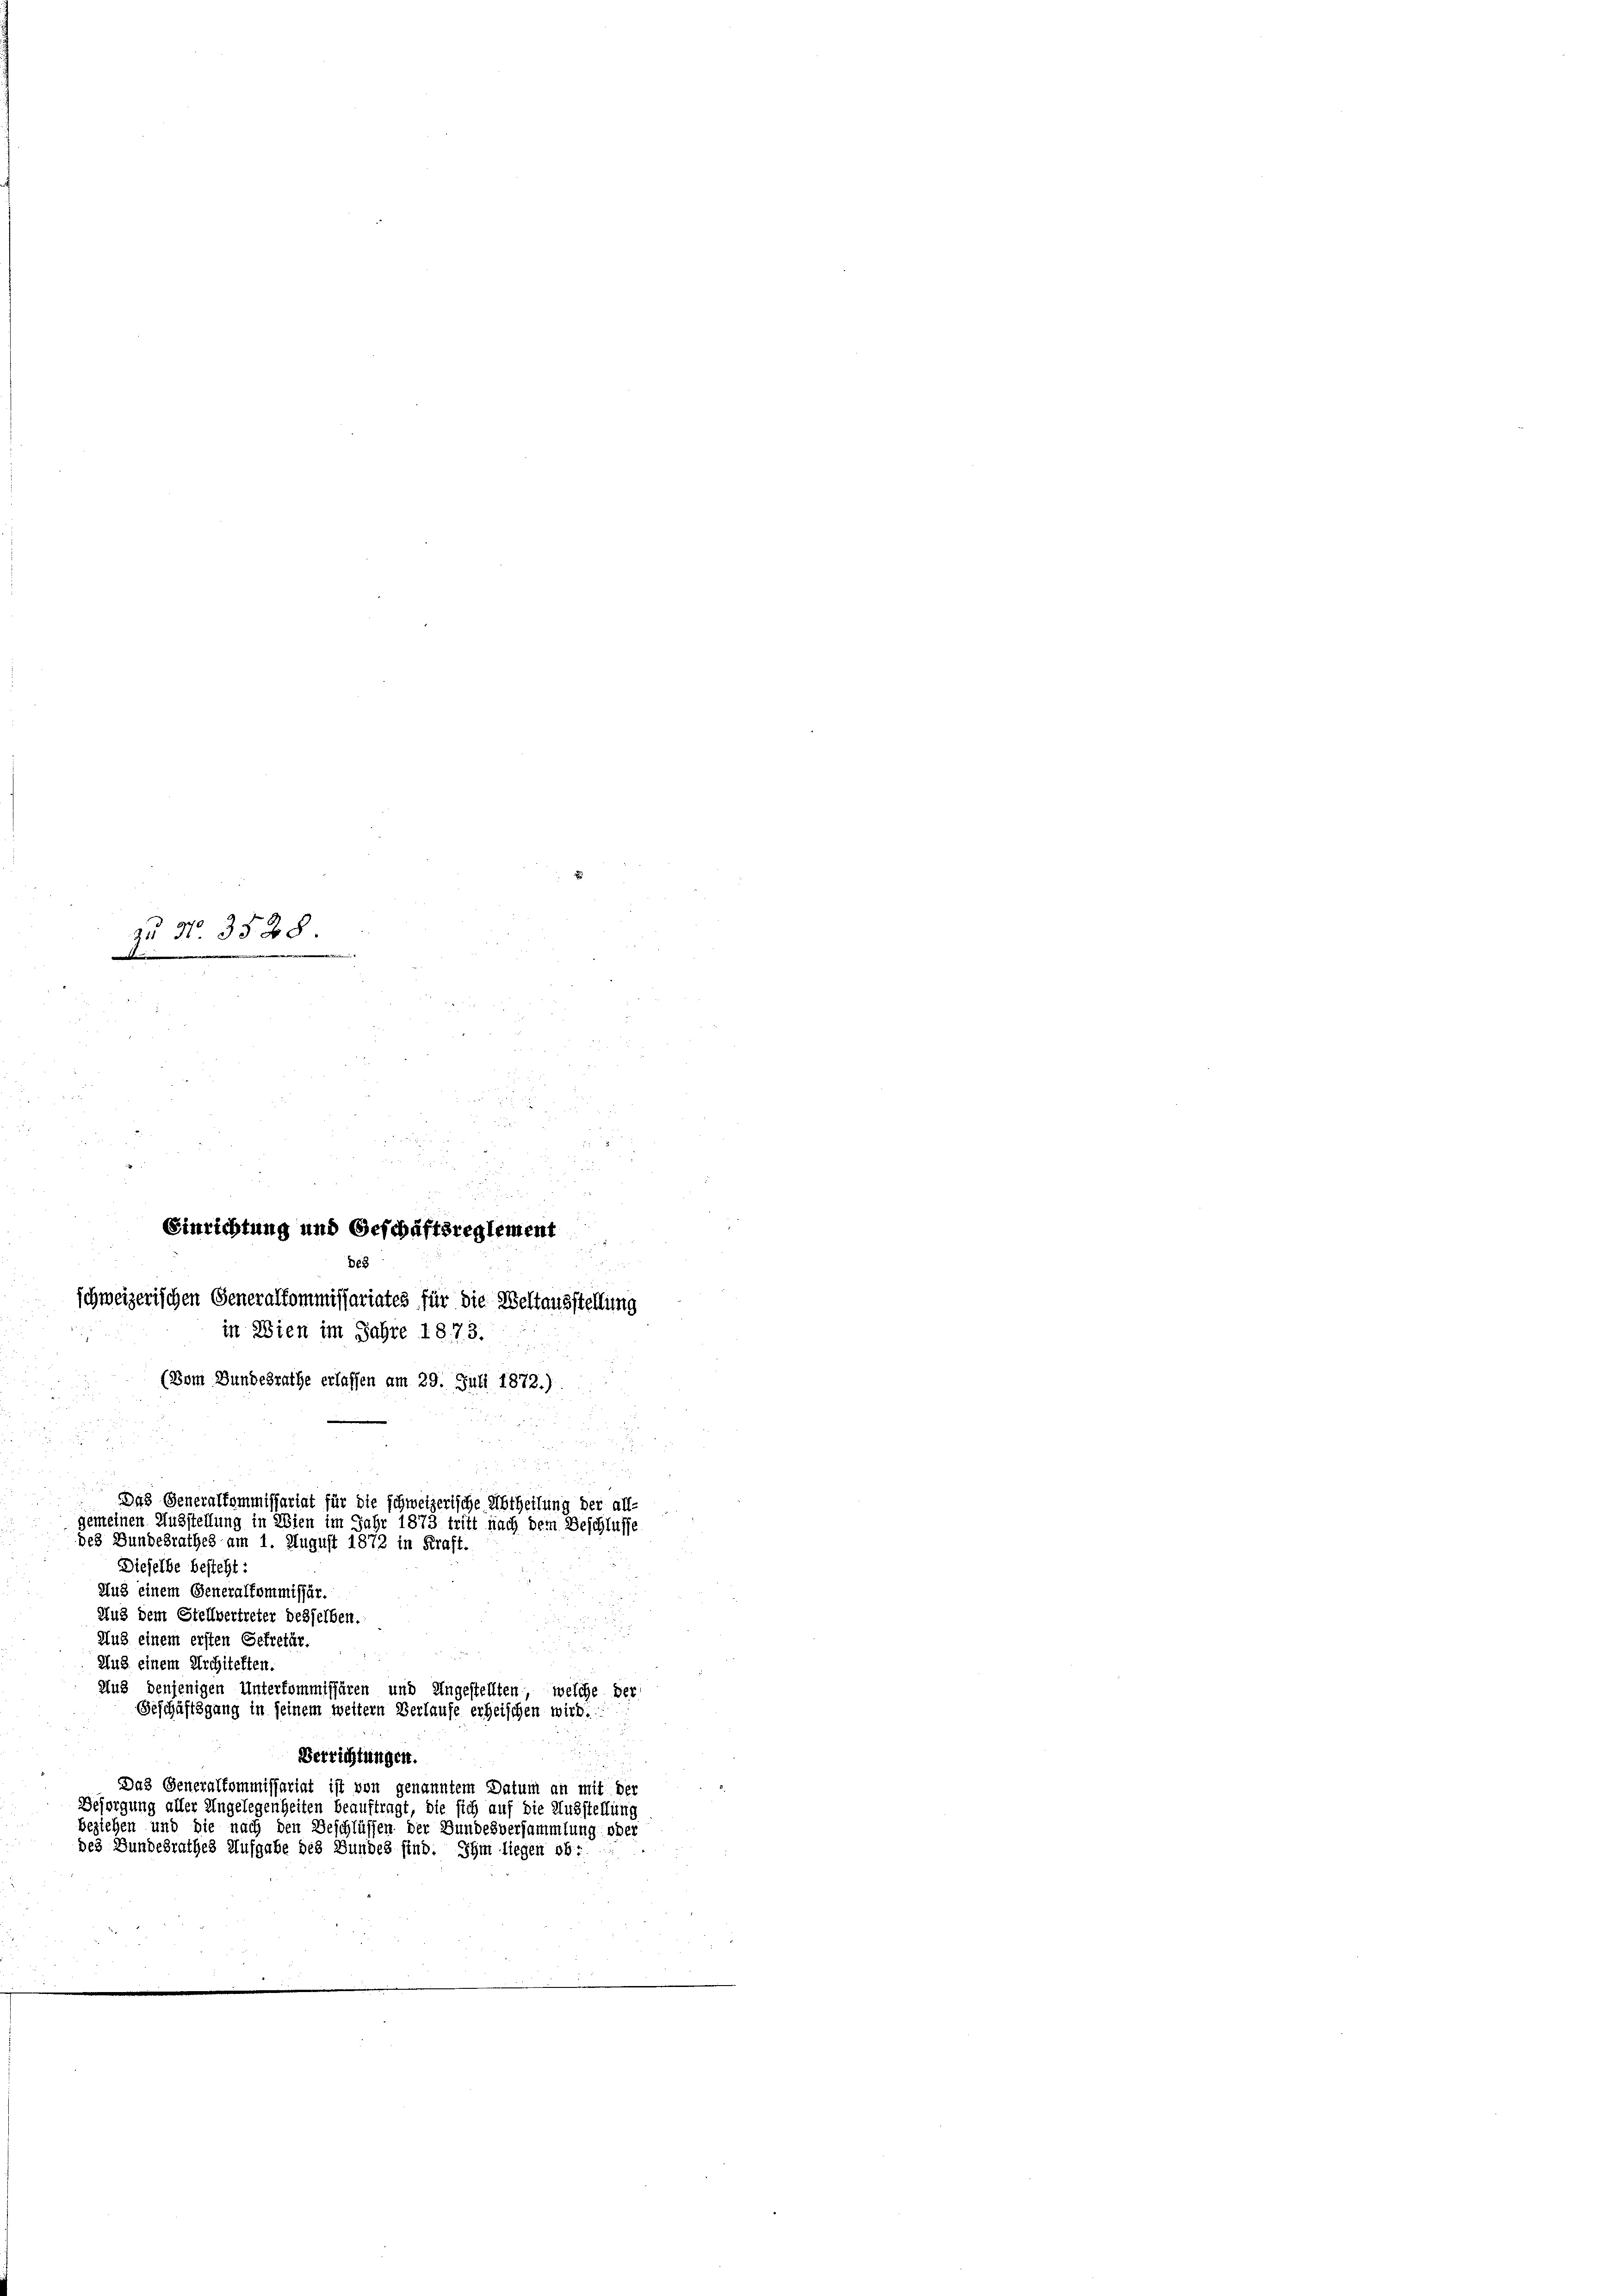
Einrichtung und Geschäftsreglement
De8
schweizerischen Generalkommissariates für die Weltausstellung
in Wien im Jahre 1873.

zu No 3528.
e
d
.

Das Generalkommissariat für die schweizerische Abtheilung der all
gemeinen Ausstellung in Wien im Jahr 1873 tritt nach dem Beschlusse
des Bundesrathes am 1. August 1872 in Kraft.
Dieselbe besteht:

(Bom Bundesrathe erlassen am 29. Juli 1872.)
Aus einem Generalkommissär.
Aus dem Stellvertreter desselben.
Aus einem ersten Getretär.
Aus einem Architelten.
Aus denjenigen Unterkommissären und Ungestellten, welche der
Geschäftsgang in seinem weitern Verlaufe erheischen wird.
Verrichtungen.
Das Generalkommissariat ist von genanntem Datum an mit der
Besorgung aller Angelegenheiten beauftragt, die sich auf die Ausstellung
beziehen und die nach den Beschlüssen der Bundesversammlung oder
des Bundesrathes Aufgabe des Bundes sind. Ihm liegen ob: